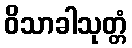
ဝိသာခါသုတ္တံ